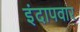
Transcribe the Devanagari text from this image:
इंदापवार